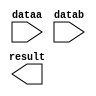
module sub_20 (
	dataa,
	datab,
	result);

	input	[19:0]  dataa;
	input	[19:0]  datab;
	output	[19:0]  result;

endmodule